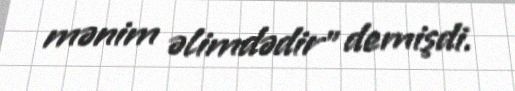
mənim əlimdədir” demişdi.